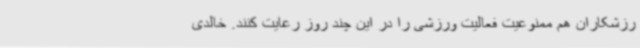
رزشکاران هم ممنوعیت فعالیت ورزشی را در این چند روز رعایت کنند. خالدی